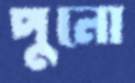
পুনো